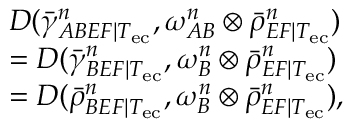
\begin{array} { r l } & { D ( \bar { \gamma } _ { A B E F | T _ { \mathrm { e c } } } ^ { n } , \omega _ { A B } ^ { n } \otimes \bar { \rho } _ { E F | T _ { \mathrm { e c } } } ^ { n } ) } \\ & { = D ( \bar { \gamma } _ { B E F | T _ { \mathrm { e c } } } ^ { n } , \omega _ { B } ^ { n } \otimes \bar { \rho } _ { E F | T _ { \mathrm { e c } } } ^ { n } ) } \\ & { = D ( \bar { \rho } _ { B E F | T _ { \mathrm { e c } } } ^ { n } , \omega _ { B } ^ { n } \otimes \bar { \rho } _ { E F | T _ { \mathrm { e c } } } ^ { n } ) , } \end{array}